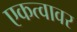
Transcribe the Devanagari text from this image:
एकत्वावर